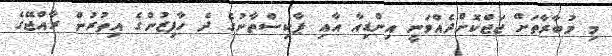
މި މުބާރާތަށް ޖަޖްކޮށްދެއްވަނީ އިންޑިއާ އާއި ޕާކިސްތާނުގެ ދެ ހާފިޒުންގެ އިތުރުން ރާއްޖޭގެ